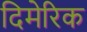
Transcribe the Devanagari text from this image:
दिमेरिक